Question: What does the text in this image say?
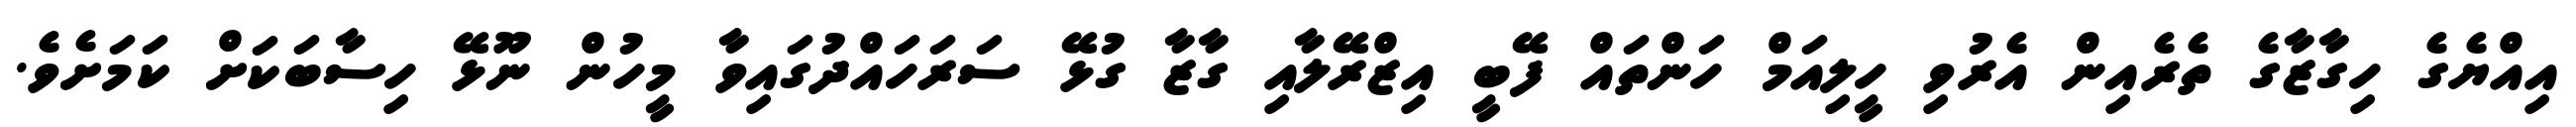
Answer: އިއްޔެގެ ހިގާޒާގެ ތެރެއިން އެރުވި ހީލިއަމް ހަންތައް ފޭބީ އިޒްރޭލާއި ގާޒާ ގުޅޭ ސަރަހައްދުގައިވާ މީހުން ނޫޅޭ ހިސާބަކަށް ކަމަށެވެ.